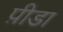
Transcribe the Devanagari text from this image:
प़ीडा